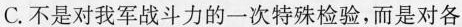
C.不是对我军战斗力的一次特殊检验，而是对各